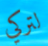
لتركي